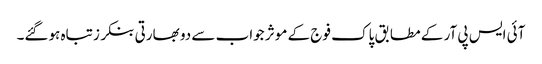
آئی ایس پی آر کے مطابق پاک فوج کے موثر جواب سے دو بھارتی بنکرز تباہ ہوگئے۔